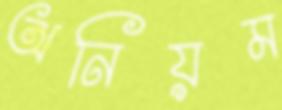
অনিয়ম